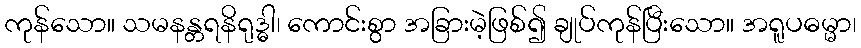
ကုန်သော။ သမနန္တရနိရုဒ္ဓါ၊ ကောင်းစွာ အခြားမဲ့ဖြစ်၍ ချုပ်ကုန်ပြီးသော။ အရူပဓမ္မာ၊